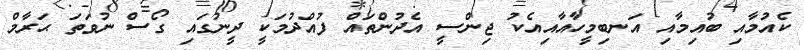
ކެއުމާއި ބުއިމާއި އަނބިމީހާއާއިއެކު ޖިންސީ އެދުންތައް ފުއްދުމަކީ ދީނުގައި ގޯސް ނުވަތަ ޙަރާމް